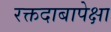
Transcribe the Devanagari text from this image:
रक्तदाबापेक्षा